system: You are a helpful assistant.
user:
Analyze the provided spectrum to determine if it is a **Carbon Star (C-type)**.

- **Key Visual Indicators of Carbon Star:**
    - **(Primary):** Strong molecular absorption from **C₂ (diatomic carbon) "Swan Bands."** This is the **defining feature** of a carbon star.
        - **(Key Bandheads):** Sharp absorption edges are visible at approximately $5635$ Å, $5165$ Å (the strongest band), and $4737$ Å.
        - **(Line Profile):** Creates a distinct **"saw-tooth"** pattern. The key morphology is a sharp, steep bandhead on the **red (long-wavelength) side**, which then gradually tapers off (i.e., flux recovers) towards the **blue (short-wavelength) side**. *(This is the direct opposite of the TiO bands seen in M-type stars)*.

    - **(Secondary):** Intense **CN (cyanogen)** molecular absorption bands.
        - **(Key Bandheads):** Located in the blue and violet regions of the spectrum (e.g., near $4215$ Å and $3883$ Å).
        - **(Morphology):** These bands are extremely broad and act as a "blanket," absorbing the vast majority of blue and violet light. This creates a characteristic **"cliff"** or **"steep drop-off"** in the spectrum's flux at short wavelengths.

    - **(Key Confirmation):** Strong **CH absorption band (G-band)**.
        - **(Key Bandhead):** Located around $4300$ Å. The contribution from CH molecules to this band is exceptionally strong.

    - **(Overall Spectrum):**
        - The continuum is severely "chopped up" by these deep molecular bands, especially C₂, rather than appearing as a smooth curve.
        - Due to the heavy CN and C₂ absorption in the blue-green, the vast majority of the star's flux is concentrated in the red part of the spectrum, giving the star its characteristic deep red color.

Think first, call **spectral_visualization_tool** if needed to examine features in detail, then provide your final answer. Your response must adhere to the following strict rules:
1.  **Overall Structure:** Your response must follow the format `<think>...</think> <tool_call>...</tool_call> (if a tool is used) <answer>...</answer>`.
2.  **Tool Usage Constraint:** You may only make **one** tool call per turn.
3.  **Final Answer Format:** In the `<answer>` tag, your conclusion must be inside a `\boxed{}` command (e.g., `\boxed{YES}`), followed by your justification.

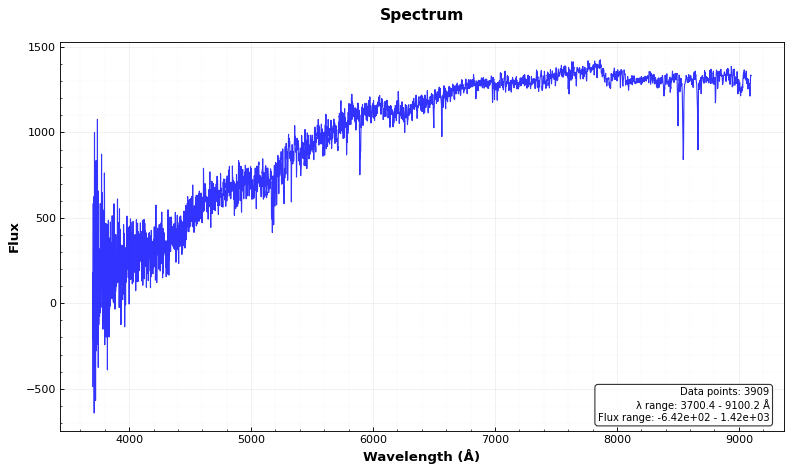
Answer: NO